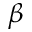
\beta